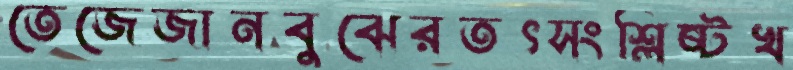
তেজেজানবুঝেরতৎসংশ্লিষ্টখ